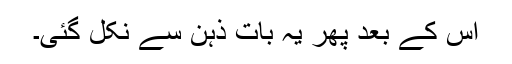
اس کے بعد پھر یہ بات ذہن سے نکل گئی۔